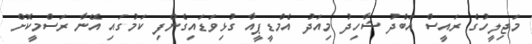
މަޖިލީހުގެ ރައީސް އަބްދު ޝާހިދު މިއަދު އެމްޑީޕީއާ ގުޅިވަޑައިގެންފި ކަމުގައި އޭނާ ރަސްމީކޮށް